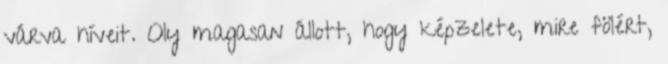
várva híveit. Oly magasan állott, hogy képzelete, mire fölért,